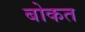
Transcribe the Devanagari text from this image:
बोकत